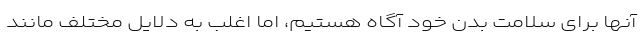
آنها برای سلامت بدن خود آگاه هستیم، اما اغلب به دلایل مختلف مانند